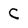
Character: C